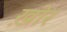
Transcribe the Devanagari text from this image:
ख़ोर